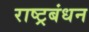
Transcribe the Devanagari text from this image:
राष्ट्रबंधन